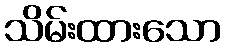
သိမ်းထားသော